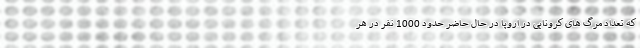
که تعداد مرگ های کرونایی در اروپا در حال حاضر حدود 1000 نفر در هر